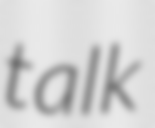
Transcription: talk